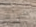
عراة